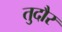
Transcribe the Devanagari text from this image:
तुदौर